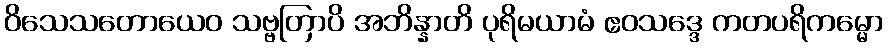
ဝိသေသတောယေဝ သဗ္ဗတြာပိ အဘိန္နာတိ ပုရိမယာမံ ဧဝသဒ္ဒေ ကတပရိကမ္မော